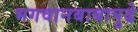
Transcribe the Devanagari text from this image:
भगवानबाबापुढे